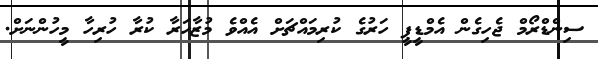
ސިންޑްރޯމް ޖެހިގެން އެމްޑީޕީ ހަރުގެ ކުރިމައްޗަށް އެއްވެ މުޒާހަރާ ކުރާ ހުރިހާ މީހުންނަށް.